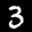
Label: 3